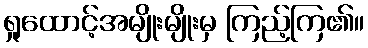
ရှုထောင့်အမျိုးမျိုးမှ ကြည့်ကြ၏။